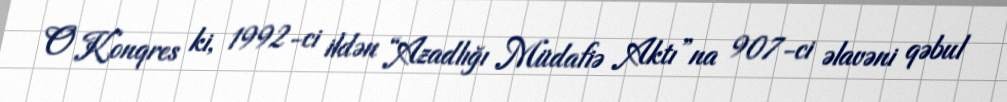
O Konqres ki, 1992-ci ildən “Azadlığı Müdafiə Aktı”na 907-ci əlavəni qəbul